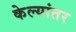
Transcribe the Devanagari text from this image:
केल्यांतर